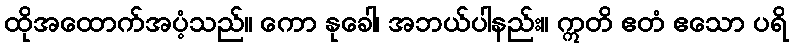
ထိုအထောက်အပံ့သည်။ ကော နုခေါ၊ အဘယ်ပါနည်း။ ဣတိ ဧတံ ဧသော ပရိ